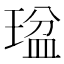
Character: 𤧒